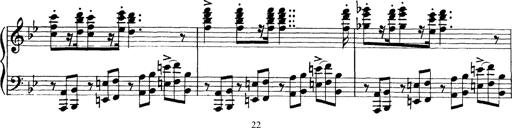
Title: Scherzo und Marsch
Composer: Franz Liszt